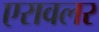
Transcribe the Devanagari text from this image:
एरावलर